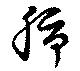
肺